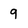
Character: 9